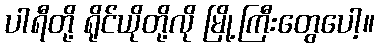
ပါရီတို့ ရိုင်ယိုတို့လို မြို့ကြီးတွေပေါ့။